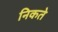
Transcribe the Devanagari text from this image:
निकते